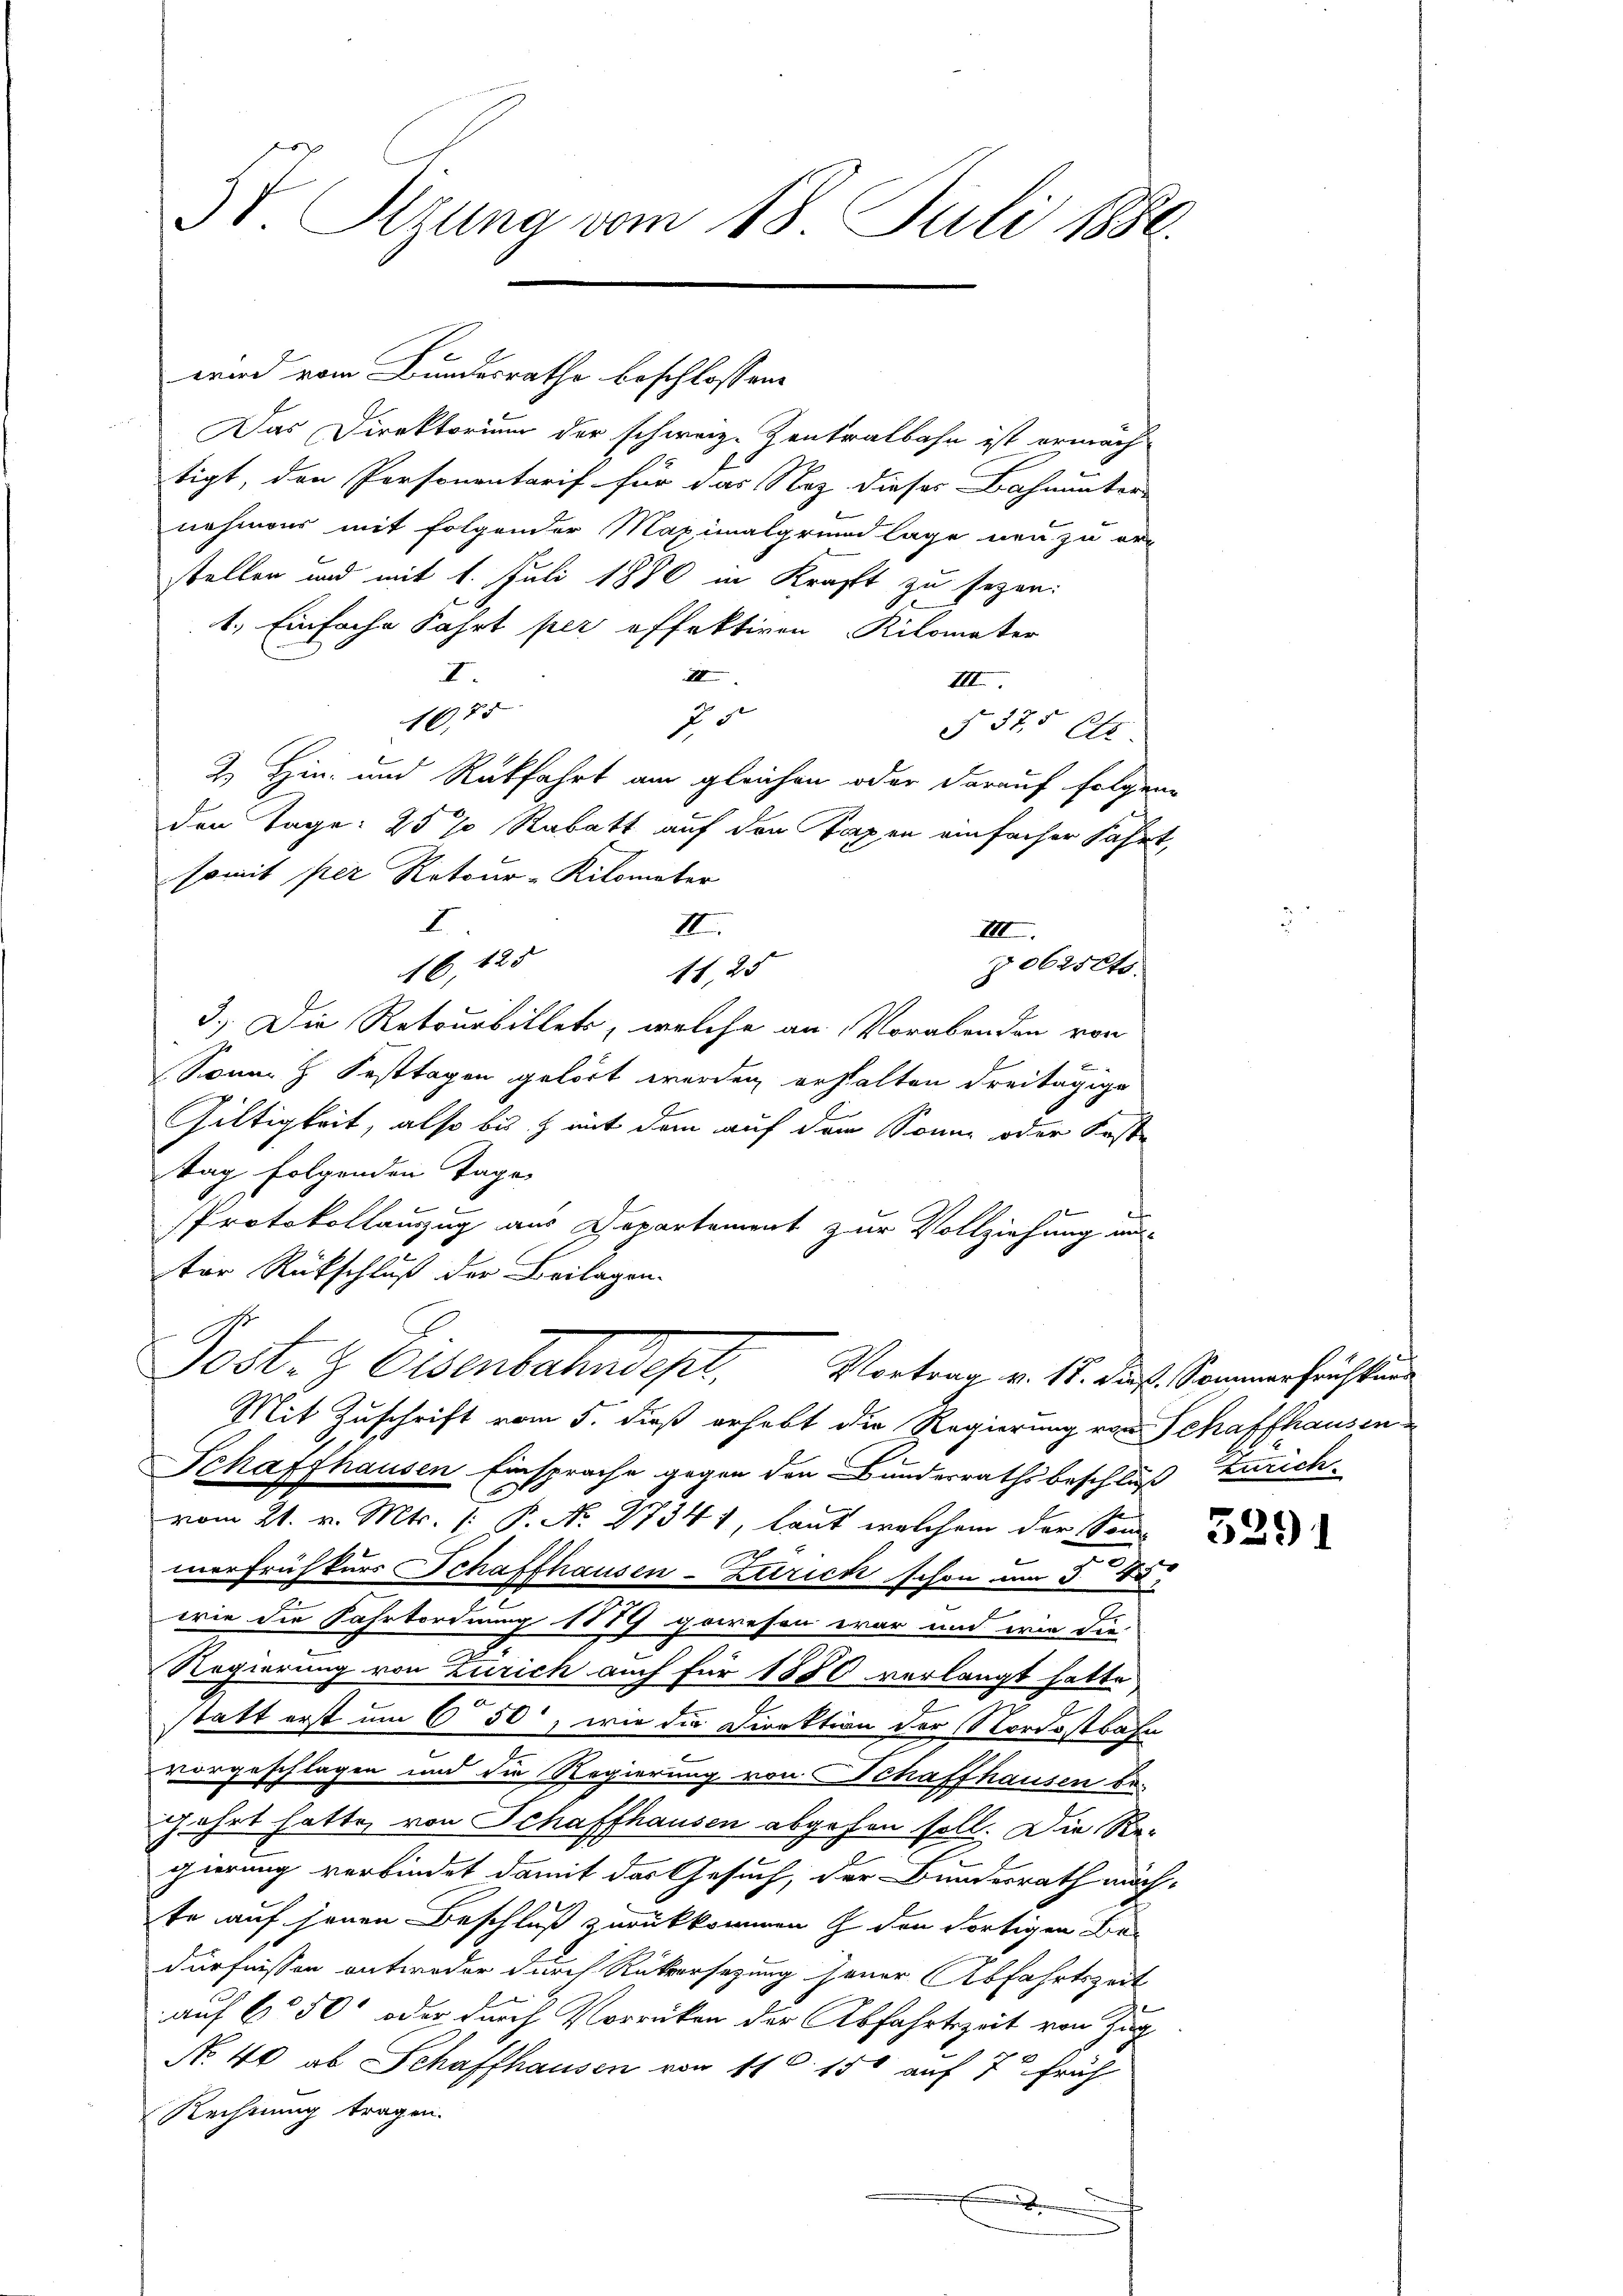
I.
1675
somit per Retour-Kilometer
I
16, 125
tag folgenden Tage
ter Rückschluß der Beilagen.
Post- & Eisenbahndept. Vortrag v. 11. Jul. Sommensrichtung
Mit Zuschrift vom 5. dieß erhebt die Regierung von Schaffhausen
Schaffhausen Einsprache gegen den Bunderrathsbeschluß Zürich
vom 21. v. Mts. (: P. N. 27341, laut welchem der Sonn-
merfrühkurs Schaffhausen-Zurick schon um 5 40
wie die Fahrtordnung 1889 gewesen war und wie die
Regierung von Zürich auch für 1850 verlangt hatte.
statt erst um 650, wie die Direktion der Nordostbahn
u
vorgeschlagen und die Regierung von Schaffhausen be-
fahrt hatte von Schaffhausen abgehen soll. Die Re-
gierung verbindet damit das Gesuch, der Bundesrath möch-
te auf jenen Beschluß zurückkommen & den dortigen Bedürfnissen entweder durch Rükersezung jener Abfahrtszeit
auf 60 50' oder durch Vorrücken der Abfahrtszeit von Zug
No. 40 ab Schaffhausen von 11. 150 auf 7 früh
Rechnung tragen.
e

3V. Sitzung vom 18. Juli 1880.

wird vom Bundesrathe beschlossene

Das Direktorium der schweiz. Zentralbahn ist ermächtigt, den Personentarif für das Nez dieses Bahnunter-
nehmens mit folgender Maximalgrundlage neu zu er-
stellen und mit 1. Juli 1880 in Kraft zu sezen.
1.) Einfache Fahrt per effektiven Kilomater
III
IIII.
2
F. 375 (s.
2.) Hin- und Rückfahrt am gleichen oder darauf folgene
den Tage: 25% Rabatt auf den Taxen einfacher Fahrt,
II.
III.
 062scts.
11, 25
3.) Die Retourbillets, welche an Vorabenden von

Sonne & Festtagen gehört werden erhalten dreitägige
Gültigkeit, also bis & mit dem auf dem Sonne oder Koste
Protokollauzug aus Departement zur Vollziehung an-

3391